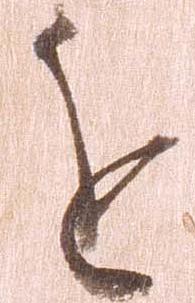
を